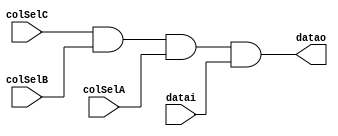
module drv
  (input colSelA,
   input colSelB,
   input colSelC,
   input datai,
   output datao
   );
   assign datao = colSelC & colSelB & colSelA & datai;
endmodule